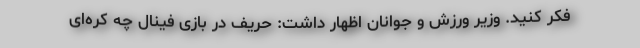
فکر کنید. وزیر ورزش و جوانان اظهار داشت: حریف در بازی فینال چه کره‌ای